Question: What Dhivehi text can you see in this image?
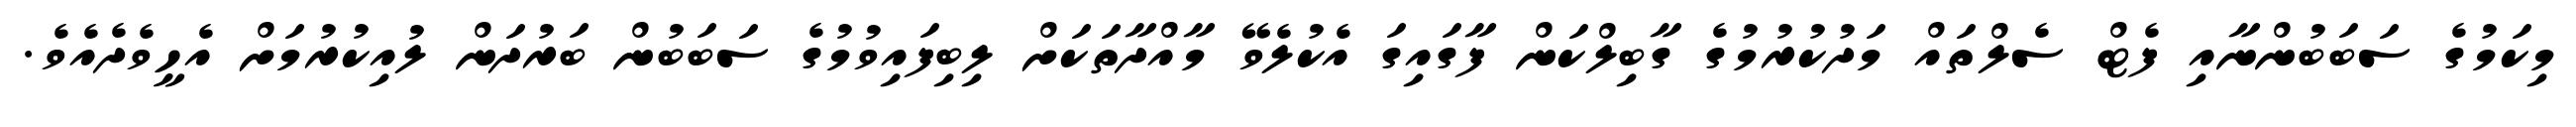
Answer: މިކަމުގެ ސަބަބުންނާއި ފެޓް ސެލްތައް މަދުކުރުމުގެ ގާބިލްކަން ފާގައިގަ އެކުލެވޭ މާއްދާތަކަށް ލިބިފައިވުމުގެ ސަބަބުން ބަރުދަން ލުއިކުރުމަށް އެހީވެދެއެވެ.